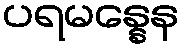
ပရမန္နေန